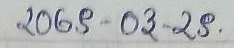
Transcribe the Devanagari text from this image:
२०७९-०३-२८.